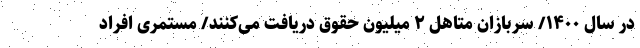
در سال ۱۴۰۰/ سربازان متاهل ۲ میلیون حقوق دریافت می‌کنند/ مستمری افراد